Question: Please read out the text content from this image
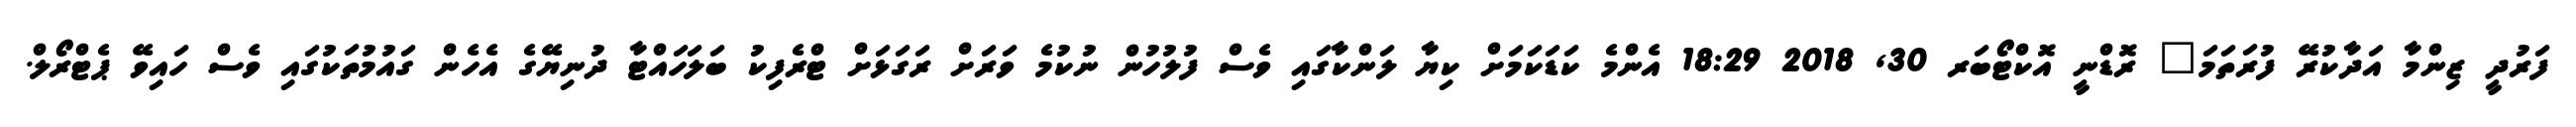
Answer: ފަރުދީ ޒިންމާ އަދާކުރޭ ފުރަތަމަ? ރޮޑްނީ އޮކްޓޯބަރ 30, 2018 18:29 އެންމެ ކަޑަކަމަށް ކިޔާ ލަންކާގައި ވެސް ފުލުހުން ނުކުމެ ވަރަށް ރަގަޅަށް ޓްރެފިކު ބަލަހައްޓާ ދުނިޔޭގެ އެހެން ގައުމުތަކުގައި ވެސް ހައިވޭ ޕެޓްރޯލް.